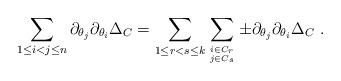
LaTeX: \begin{align*} \sum_{1\le i<j\le n} \partial_{\theta_j}\partial_{\theta_i}\Delta_C &= \sum_{1\le r<s\le k} \sum_{i\in C_{r} \atop j\in C_{s}} \pm \partial_{\theta_j}\partial_{\theta_i}\Delta_C~.\end{align*}